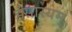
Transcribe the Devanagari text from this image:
हंसास्यम्